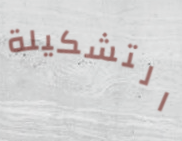
التشكيلة